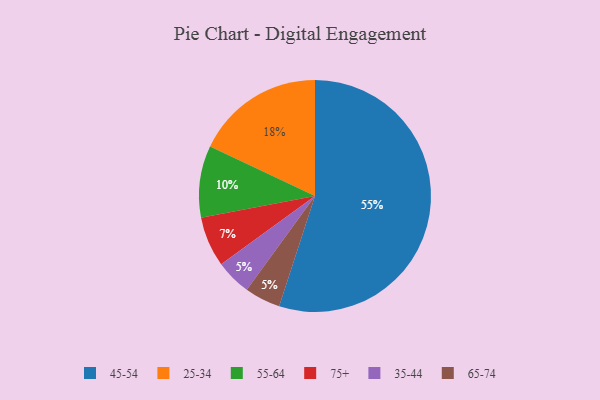
{"axis": {"x": "Category", "y": "Percentage"}, "legend": ["25-34", "35-44", "45-54", "55-64", "65-74", "75+"], "data": [{"x": "55-64", "y": 10, "type": "55-64"}, {"x": "45-54", "y": 55, "type": "45-54"}, {"x": "25-34", "y": 18, "type": "25-34"}, {"x": "75+", "y": 7, "type": "75+"}, {"x": "35-44", "y": 5, "type": "35-44"}, {"x": "65-74", "y": 5, "type": "65-74"}]}